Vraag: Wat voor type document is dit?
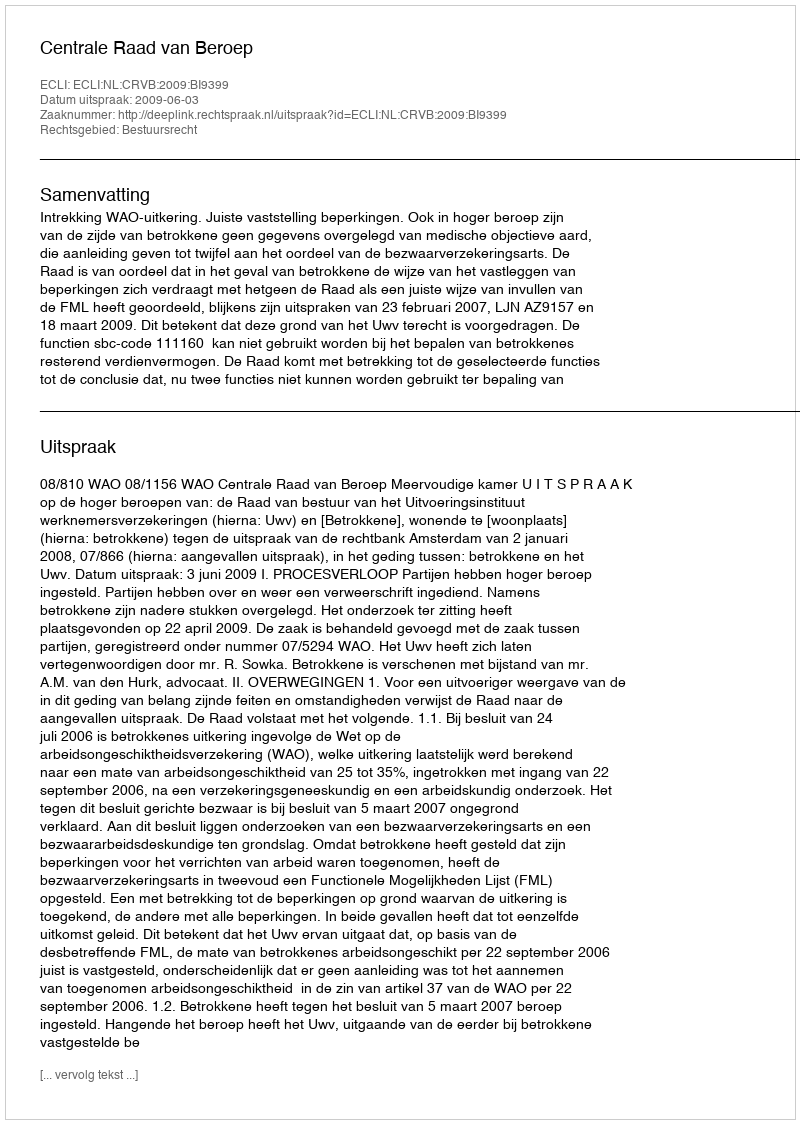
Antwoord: Uitspraak